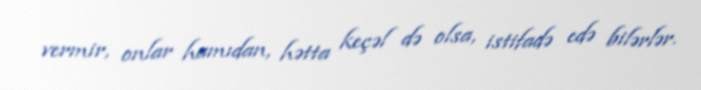
vermir, onlar hamıdan, hətta keçəl də olsa, istifadə edə bilərlər.